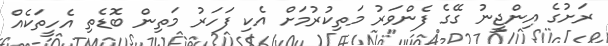
ރަށުގެ އިންޖީނު ގޭގެ ފެންވަރު މަތިކުރުމަށް އެކި ފަހަރު މަތިން ބޮޑެތި އެހީތަކެއް